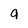
Character: 9